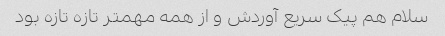
سلام هم پیک سریع آوردش و از همه مهمتر تازه تازه بود